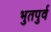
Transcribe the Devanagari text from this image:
भुतपुर्व